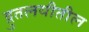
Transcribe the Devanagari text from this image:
द्रुतलयीतील